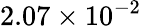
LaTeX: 2.07\times 10^{-2}